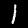
Digit: 1